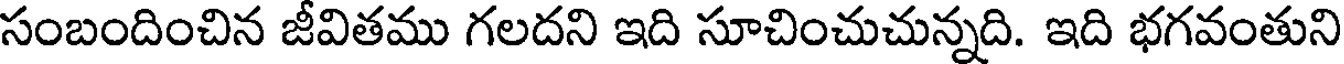
సంబందించిన జీవితము గలదని ఇది సూచించుచున్నది. ఇది భగవంతుని